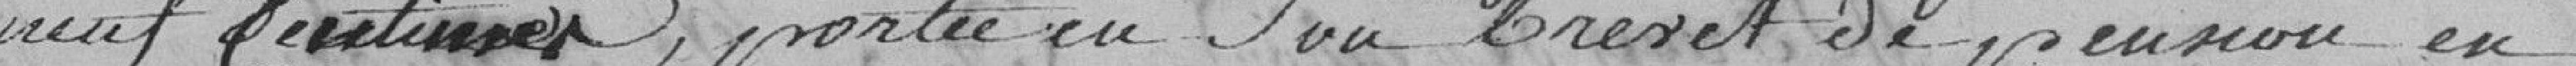
neuf centimes, portée en son brevet de pension en